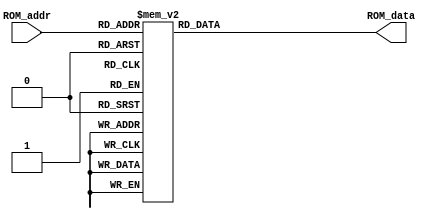
`timescale 1ns / 1ps
//////////////////////////////////////////////////////////////////////////////////
// Company: 
// Engineer: 
// 
// Design Name: 
// Module Name: Four_bit_ROM
// Project Name: 
// Target Devices: 
// Tool Versions: 
// Description: 
// 
// Dependencies: 
// 
// Revision:
// Revision 0.01 - File Created
// Additional Comments:
// 
//////////////////////////////////////////////////////////////////////////////////


module Four_bit_ROM(ROM_data, ROM_addr);
    output reg [3:0] ROM_data;
    input [2:0] ROM_addr;
    always @(ROM_addr) begin
	case (ROM_addr)
         3'd0: ROM_data = 4'b0000;
         3'd1: ROM_data = 4'b1100;
         3'd2: ROM_data = 4'b0110;
         3'd3: ROM_data = 4'b0111;
         3'd4: ROM_data = 4'b1000;
         3'd5: ROM_data = 4'b0001;
         3'd6: ROM_data = 4'b1101;
         3'd7: ROM_data = 4'b1110;
    endcase
	end

endmodule